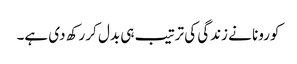
کورونا نے زندگی کی ترتیب ہی بدل کر رکھ دی ہے۔